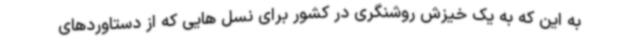
به این که به یک خیزش روشنگری در کشور برای نسل هایی که از دستاوردهای